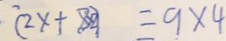
( 2 x + 8 \times 2 ) = 9 \times 4